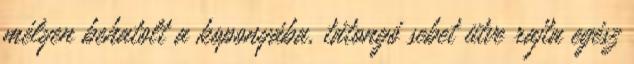
mélyen behatolt a koponyába, tátongó sebet ütve rajta egész